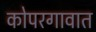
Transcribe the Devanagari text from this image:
कोपरगावात